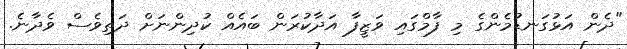
"ދެން އަޅުގަނޑުމެންގެ މި ފާމްގައި ވަޒީފާ އަދާކުރަން ބައެއް ކުދިންނަށް ދަތިވެސް ވެދާނެ.